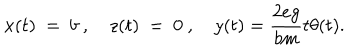
LaTeX: x ( t ) ~ = ~ b ~ , ~ z ( t ) ~ = ~ 0 ~ , ~ y ( t ) = { \frac { 2 e g } { b m } } t \theta ( t ) .